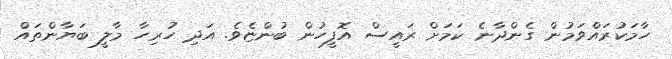
ހާމަކުރައްވަމުން ގެންދާނެ ކަމަށް ރައީސް އޮފީހުން ބުންޏެވެ. އަދި ހުރިހާ މާލީ ބަޔާންތައް